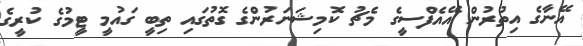
އޭނާގެ އިތުރުން އޭއެފްސީގެ މެޗު ކޮމިޝަނަރުންގެ ގޮތުގައި ތިބީ ގައުމީ ޓީމުގެ ކުރީގެ